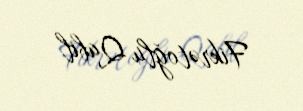
Fikrətoğlu Qabil